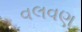
વલવણ